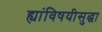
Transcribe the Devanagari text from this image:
ह्यांविषयीसुद्धा